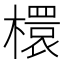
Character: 檈